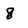
Character: 8